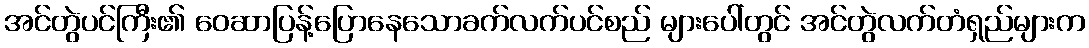
အင်တွဲပင်ကြီး၏ ဝေဆာပြန့်ပြောနေသောခက်လက်ပင်စည် များပေါ်တွင် အင်တွဲလက်တံရှည်များက